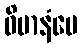
ဝိမာနံပေ